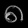
Digit: ၈